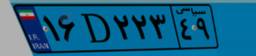
۲۳D۹۵۱۰۹